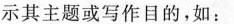
示其主题或写作目的，如：